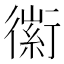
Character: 𧗼